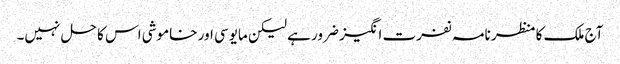
آج ملک کا منظر نامہ نفرت انگیز ضرور ہے لیکن مایوسی اور خاموشی اس کا حل نہیں۔